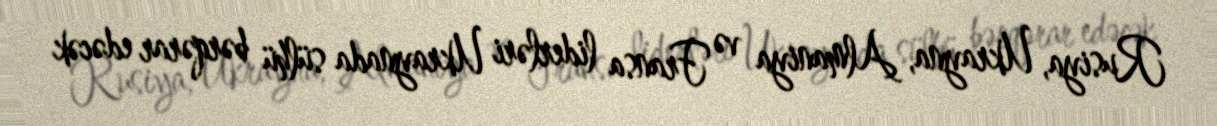
Rusiya, Ukrayna, Almaniya və Fransa liderləri Ukraynada sülhü bərqərar edəcək